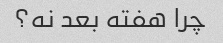
چرا هفته بعد نه؟